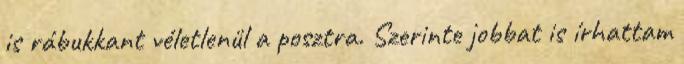
is rábukkant véletlenül a posztra. Szerinte jobbat is írhattam